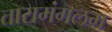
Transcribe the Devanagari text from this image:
तारामंगलम